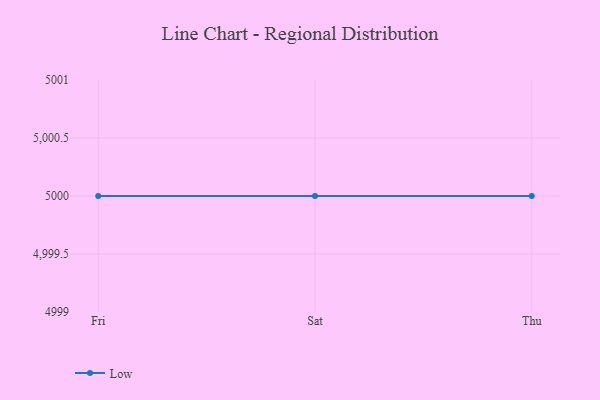
{"axis": {"x": "Day", "y": "Net Income (USD K)"}, "legend": ["Low"], "data": [{"x": "Fri", "y": 5000, "type": "Low"}, {"x": "Sat", "y": 5000, "type": "Low"}, {"x": "Thu", "y": 5000, "type": "Low"}]}